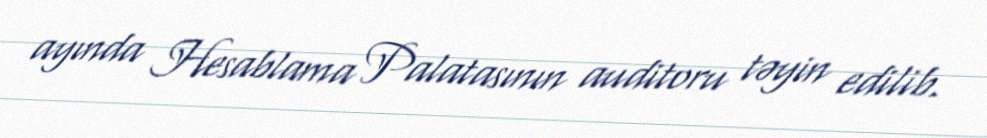
ayında Hesablama Palatasının auditoru təyin edilib.